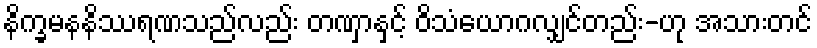
နိက္ခမနနိဿရဏသည်လည်း တဏှာနှင့် ဝိသံယောဂလျှင်တည်း-ဟု အသားတင်